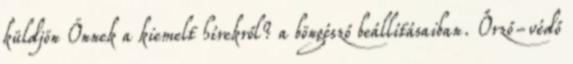
küldjön Önnek a kiemelt hírekről? a böngésző beállításaiban. Őrző-védő